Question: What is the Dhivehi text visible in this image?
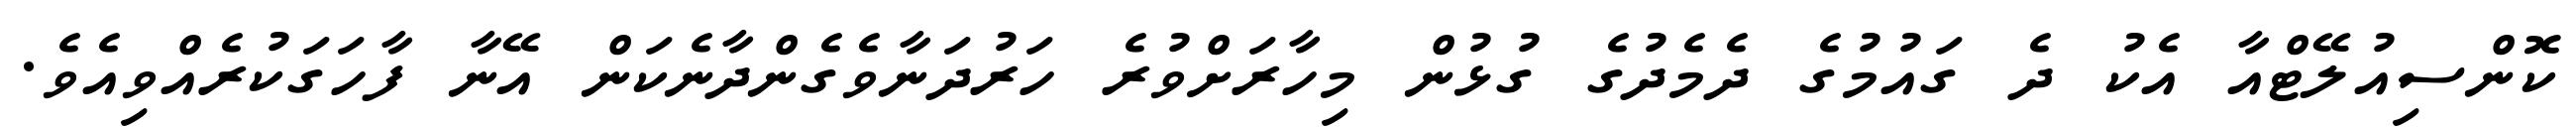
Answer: ކޮންސިއުލޭޓްއާ އެކު ދެ ގައުމުގެ ދެމެދުގެ ގުޅުން މިހާރަށްވުރެ ހަރުދަނާވެގެންދާނެކަން އޭނާ ފާހަގަކުރެއްވިއެވެ.